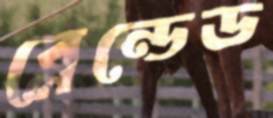
ব্লেন্ডেড